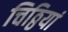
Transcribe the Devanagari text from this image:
चिठ्ठियां